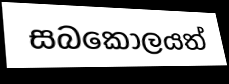
සබකෝලයත්